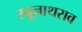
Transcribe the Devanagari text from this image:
रघूनाथराव